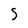
Character: S